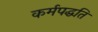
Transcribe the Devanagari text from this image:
कर्मपद्धति